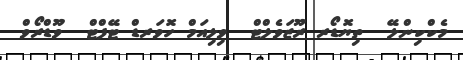
މެކްކިންލޭ  ތިޔޮޑޯރ ރޫޒަވެލްޓް  ވިލިއަމް ހޮވަރޑް ޓޭފްޓް  ވޫޑްރޯވް